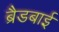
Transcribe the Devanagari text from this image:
ब्रैडबाई